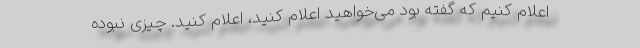
اعلام کنیم که گفته بود می‌خواهید اعلام کنید، اعلام کنید. چیزی نبوده